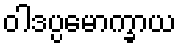
ဝါဒပ္ပမောက္ခာယ